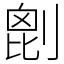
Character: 𠞇